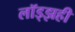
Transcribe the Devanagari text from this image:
लॉड्झही